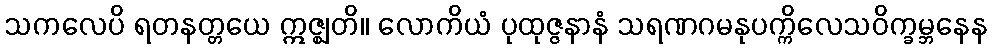
သကလေပိ ရတနတ္တယေ ဣဇ္ဈတိ။ လောကိယံ ပုထုဇ္ဇနာနံ သရဏဂမနုပက္ကိလေသဝိက္ခမ္ဘနေန